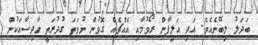
ބަދަލު ލިބޭނެއެވެ. އަދި އަލިފާން ރޯވުމާއި އެއްޗެއް ގޮވުން ނުވަތަ ގުދުރަތީ ހާދިސާއަކުން